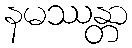
နမဿန္တာ